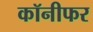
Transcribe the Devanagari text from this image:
कॉनीफर